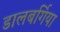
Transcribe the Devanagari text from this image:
डालबर्गिया